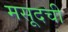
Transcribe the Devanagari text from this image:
मसूदची